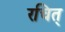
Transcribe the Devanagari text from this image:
रचित्